Calcutta medical institutions reports 1892-1900
Year: 1892
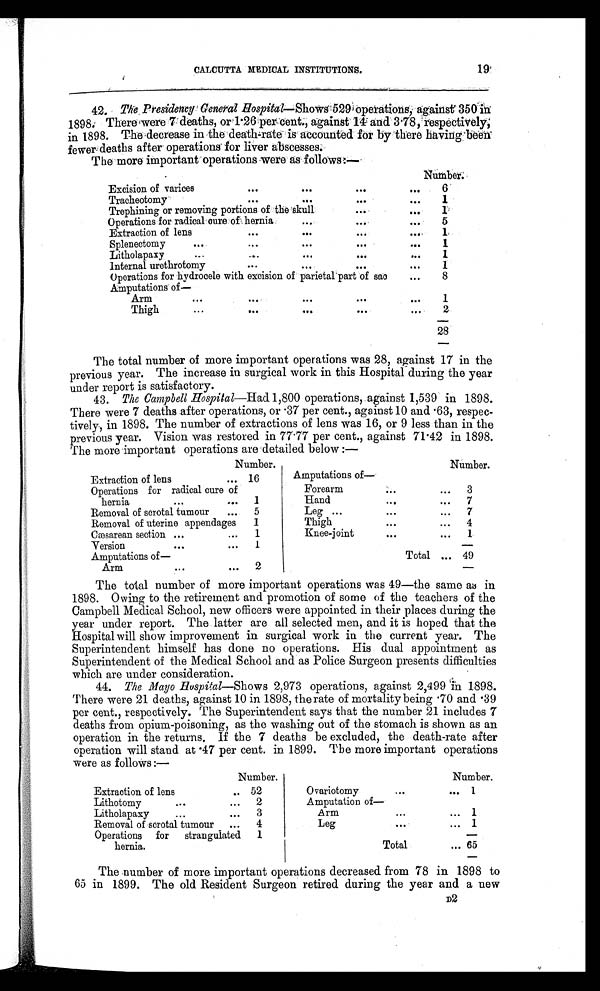
CALCUTTA MEDICAL INSTITUTIONS.
19
42. The Presidency General Hospital—Shows 529 operations, against 350 in
1898. There were 7 deaths, or 1.26 per cent., against 14 and 3.78, respectively;
in 1898. The decrease in the death-rate is accounted for by there having been
fewer deaths after operations for liver abscesses.
The more important operations were as follows:—
-
N u m b e r .
Excision of varices
. . .
. . .
. . .
...
6
Tracheotomy
. . .
. . .
. . .
. . .
1
Trephining or removing portions of the skull
. . .
. . .
1
Operations for radical cure of hernia
...
. . .
. . .
5
Extraction of lens
. . .
. . .
. . .
. . .
1
Splenectomy
...
. . .
. . .
. . .
. . .
1
Litholapaxy
...
. . .
. . .
. . .
. . .
1
Internal urethrotomy
. . .
. . .
. . .
. . .
1
Operations for hydrocele with excision of parietal part of sae
...
8
Amputations of
Arm
. . .
. . .
. . .
. . .
. . .
1
Thigh
...
. . .
. . .
...
...
2
28
The total number of more important operations was 28, against 17 in the
previous year. The increase in surgical work in this Hospital during the year
under report is satisfactory.
43. The Campbell Hospital—Had
1,800 operations, against 1,539 in 1898.
There were 7 deaths after operations, or .37 per cent., against 10 and .63, respec-
tively, in 1898. The number of extractions of lens was 16, or 9 less than in the
previous year. Vision was restored in 77.77 per cent., against 71.42 in 1898.
The more important operations are detailed below :—
Number.
Number.
Extraction of lens
... 16
Amputations of—
Operations for radical cure of
Forearm
... ... 3
hernia
...
... 1
Hand
...
...
7
Removal of scrotal tumour
... 5
Leg ...
...
...
7
Removal of uterine appendages
1
Thigh
...
...
4
Cæsarean section ...
...
1
Knee-joint... ...
1
Version
...
...
1
Amputations of—
Total ... 49
Arm
...
...
2
The total number of more important operations was 49—the same as in
1898. Owing to the retirement and promotion of some of the teachers of the
Campbell Medical School, new officers were appointed in their places during the
year under report. The latter are all selected men, and it is hoped that the
Hospital will show improvement in surgical work in the current year. The
Superintendent himself has done no operations. His dual appointment as
Superintendent of the Medical School and as Police Surgeon presents difficulties
which are under consideration.
44. The Mayo Hospital—shows 2,973 operations, against 2,499 In 1898.
There were 21 deaths, against 10 in 1898, the rate of mortality being .70 and .39
per cent., respectively. The Superintendent says that the number 21 includes 7
deaths from opium-poisoning, as the washing out of the stomach is shown as an
operation in the returns. If the 7 deaths be excluded, the death-rate after
operation will stand at .47 per cent. in 1899. The more important operations
were as follows:—
Number.
Number.
Extraction of lens
.. 52
Ovariotomy
...
... 1
Lithotomy
...
...
2
Amputation of—
Litholapaxy
...
...
3
Arm
...
...
1
Removal of scrotal tumour
...
4
Leg
...
... 1
Operations for strangulated
1
hernia.
Total
... 65
The number of more important operations decreased from 78 in 1898 to
65 in 1899. The old Resident Surgeon retired during the year and a new
D2